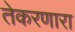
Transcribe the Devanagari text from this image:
तेकरणारा